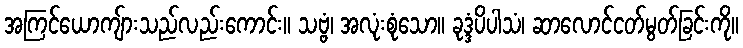
အကြင်ယောကျ်ားသည်လည်းကောင်း။ သဗ္ဗံ၊ အလုံးစုံသော။ ခုဒ္ဒံပိပါသံ၊ ဆာလောင်ငတ်မွတ်ခြင်းကို။